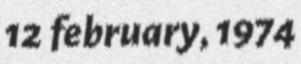
12 february, 1974